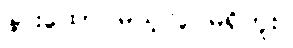
နားထောင်မယ့်လူ မရှိဘူး။